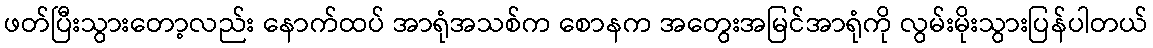
ဖတ်ပြီးသွားတော့လည်း နောက်ထပ် အာရုံအသစ်က စောနက အတွေးအမြင်အာရုံကို လွမ်းမိုးသွားပြန်ပါတယ်